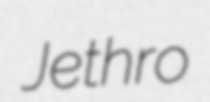
Jethro